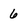
Character: 6